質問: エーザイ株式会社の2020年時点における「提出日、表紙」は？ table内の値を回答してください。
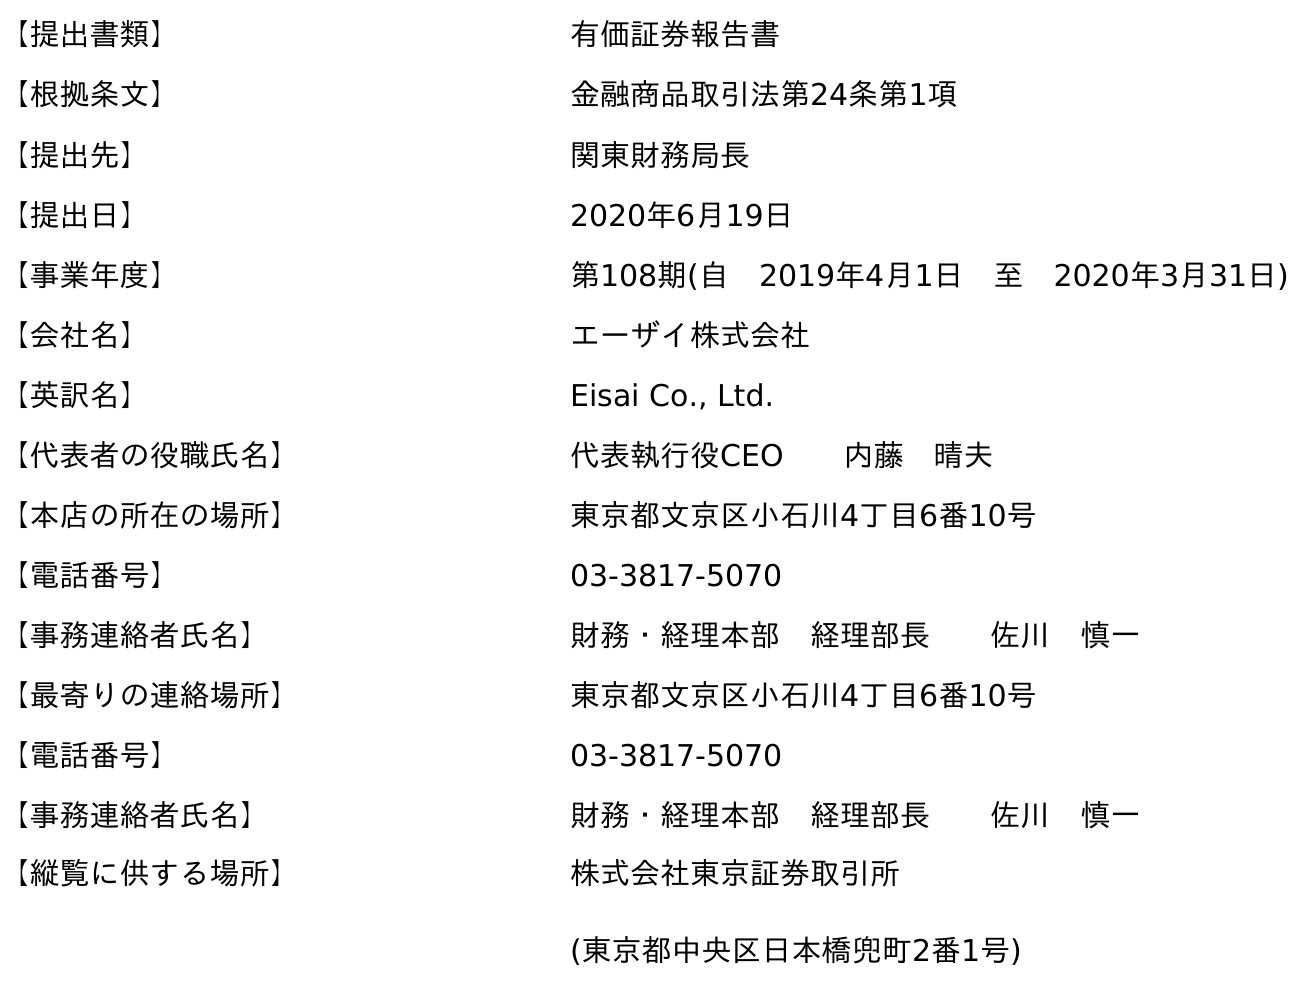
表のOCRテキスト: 【提出書類】 有価証券報告書 【根拠条文】 金融商品取引法第24条第1項 【提出先】 関東財務局長 【提出日】 2020年6月19日 【事業年度】 第108期(自 2019年4月1日 至 2020年3月31日) 【会社名】 エーザイ株式会社 【英訳名】 Eisai Co., Ltd. 【代表者の役職氏名】 代表執行役CEO  内藤 晴夫 【本店の所在の場所】 東京都文京区小石川4丁目6番10号 【電話番号】 03-3817-5070 【事務連絡者氏名】 財務・経理本部 経理部長  佐川 慎一 【最寄りの連絡場所】 東京都文京区小石川4丁目6番10号 【電話番号】 03-3817-5070 【事務連絡者氏名】 財務・経理本部 経理部長  佐川 慎一 【縦覧に供する場所】 株式会社東京証券取引所 (東京都中央区日本橋兜町2番1号)
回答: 2020年6月19日